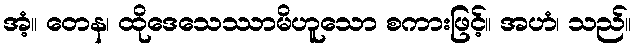
အံ့။ တေန၊ ထိုဒေသေဿာမိဟူသော စကားဖြင့်။ အဟံ၊ သည်။